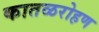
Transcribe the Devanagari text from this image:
कातळरोहण